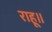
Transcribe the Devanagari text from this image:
राहू॥